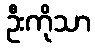
ဦးကိုသာ